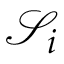
\mathcal { S } _ { i }